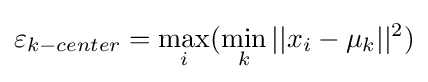
\varepsilon _{k-center}=\max _{i}(\min _{k}||x_{i}-\mu _{k}||^{2})